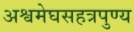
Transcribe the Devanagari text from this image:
अश्वमेघसहत्रपुण्य